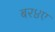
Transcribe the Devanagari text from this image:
बर४ए